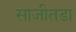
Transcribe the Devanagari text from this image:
साजीतडा